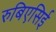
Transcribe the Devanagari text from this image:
रुबिएसिई